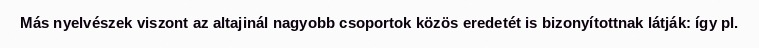
Más nyelvészek viszont az altajinál nagyobb csoportok közös eredetét is bizonyítottnak látják: így pl.